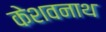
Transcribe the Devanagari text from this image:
केशवनाथ